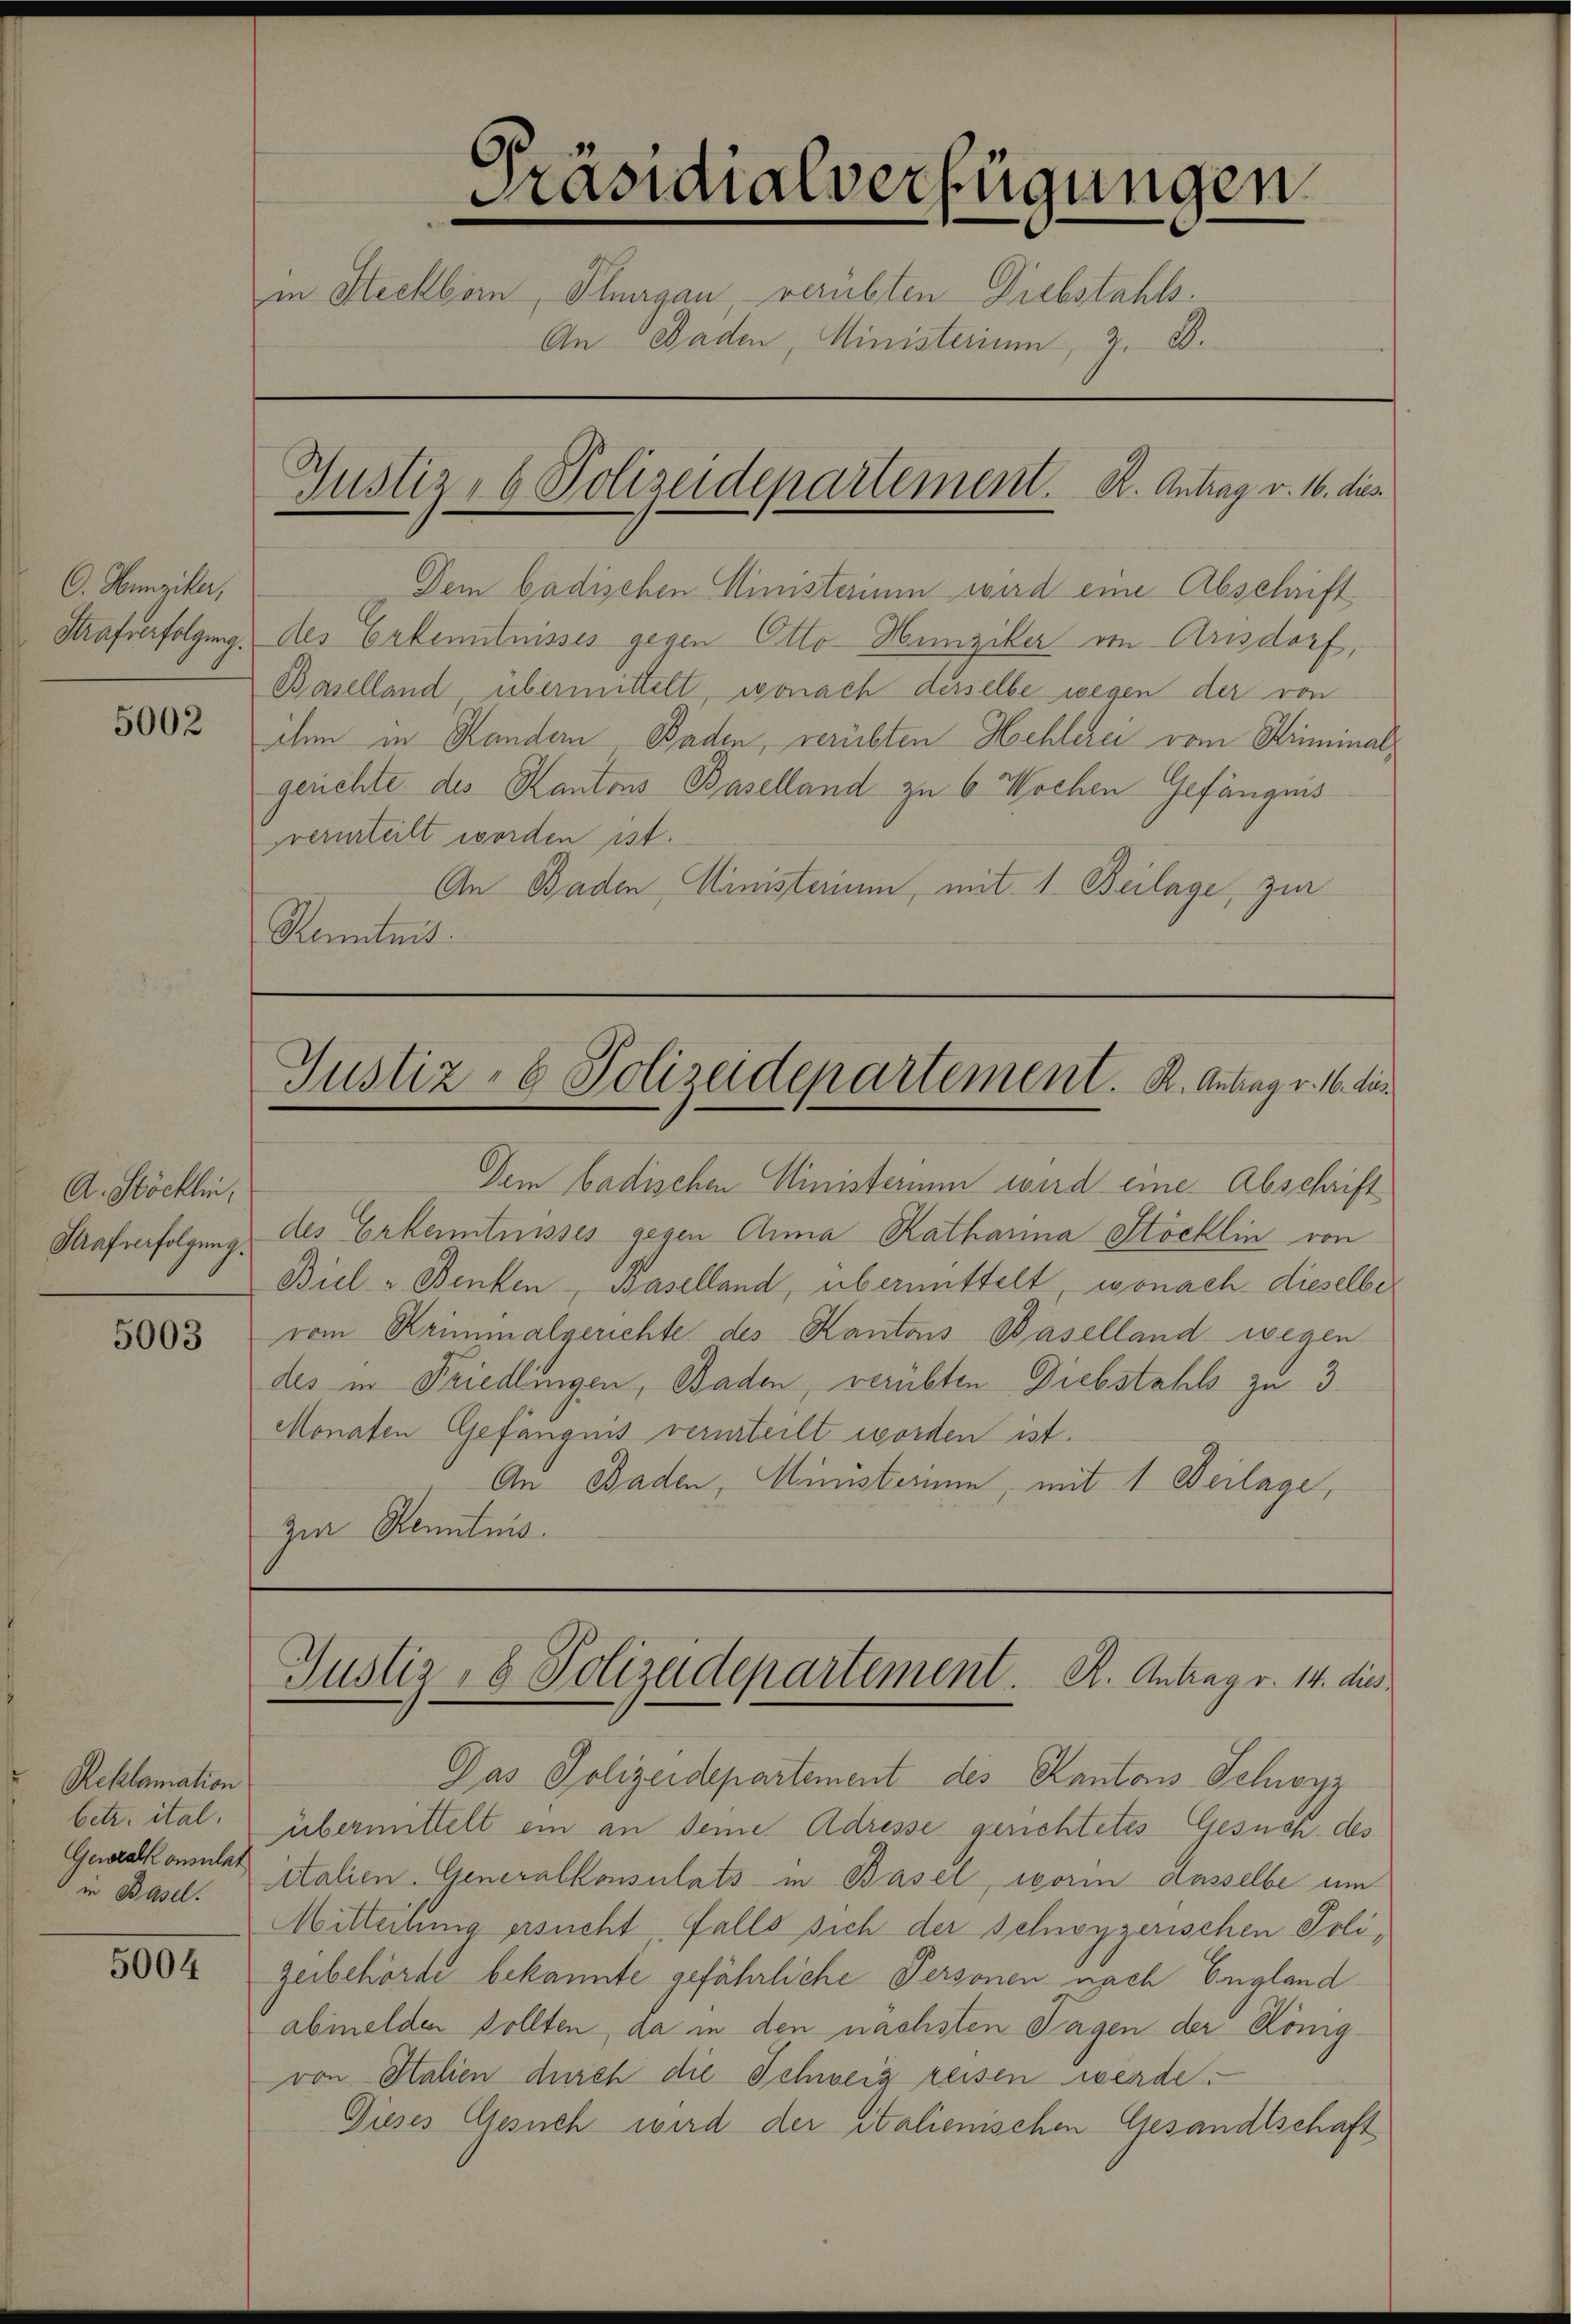
O. Hunziker,

5002

A. Stöcklin,
Strafverfolgung.

5003

Reklamation
betr. ital.
Gewalkonsulat
in Basel.

5004

Präsidialverfügungen
in Steckborn, Thurgau verübten Diebstahls.
An Baden, Ministerium, z. B.
Gustiz- & Polizeidepartement. R. Antrag v. 16. dies

Dem badischen Ministerium wird eine Abschrift
Strafverfolgung des Erkenntnisses gegen Otto-Hunziker von Arisdorf,
Baselland übermittelt, wonach derselbe wegen der von
ihm in Handern Baden, verübten Hochlerei vom Kriminalgerichte des Kantons Baselland zu 6 Wochen Gefängnis
verurteilt worden ist.
An Baden, Ministerium, mit 1. Beilage, zur
Kenntnis.

Justiz- & Polizeidepartement. K. Antrag v. 16. dies

Dem badischen Ministerium wird eine Abschrift
des Erkenntnisses gegen Anna Katharina Stöcklin von
Biel - Benken-Baselland, übermittelt, wonach dieselbe
vom Kriminalgerichte des Kantons Baselland wegen
des in Friedlingen, Baden, verübten Diebstahls zu 3.
Monaten Gefängnis verurteilt worden ist.
An Baden, Ministerium, mit 1 Deilage,
zur Kenntnis

Justiz- & Polizeidepartement. K. Antrag v. 14. die

Das Polizeidepartement des Kantons-Schwyz
übermittelt ein an deine Adresse gerichtetes Gesuch des
iitalien. Generalkonsulats in Basel, worin Hasselbe um
Mitteilung ersucht, falls sich der schwyzerischen Polizeibehörde bekannte gefährliche Personen nach England
abinelden sollten, da in den nächsten Tagen der Königvon Stalien durch die Schweig reisen werde.
Dieses Gesuch wird der italienischen Gesandtschaft